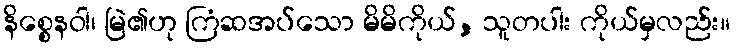
နိစ္စေနဝါ၊ မြဲ၏ဟု ကြံဆအပ်သော မိမိကိုယ်, သူတပါး ကိုယ်မှလည်း။